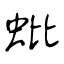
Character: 蚍